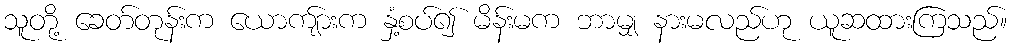
သူတို့ ခေတ်တုန်းက ယောကျ်ားက နှံ့စပ်၍ မိန်းမက ဘာမျှ နားမလည်ဟု ယူဆထားကြသည်။